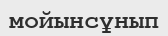
мойынсұнып